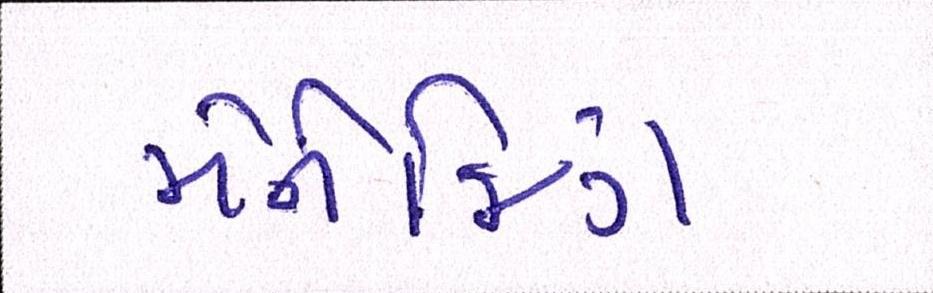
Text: મેનેજિંગ